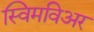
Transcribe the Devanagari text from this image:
स्विमविअर